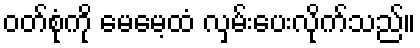
ဝတ်စုံကို မေမေ့ထံ လှမ်းပေးလိုက်သည်။